Annual administration and progress report of the Indian Medical Department, Bombay
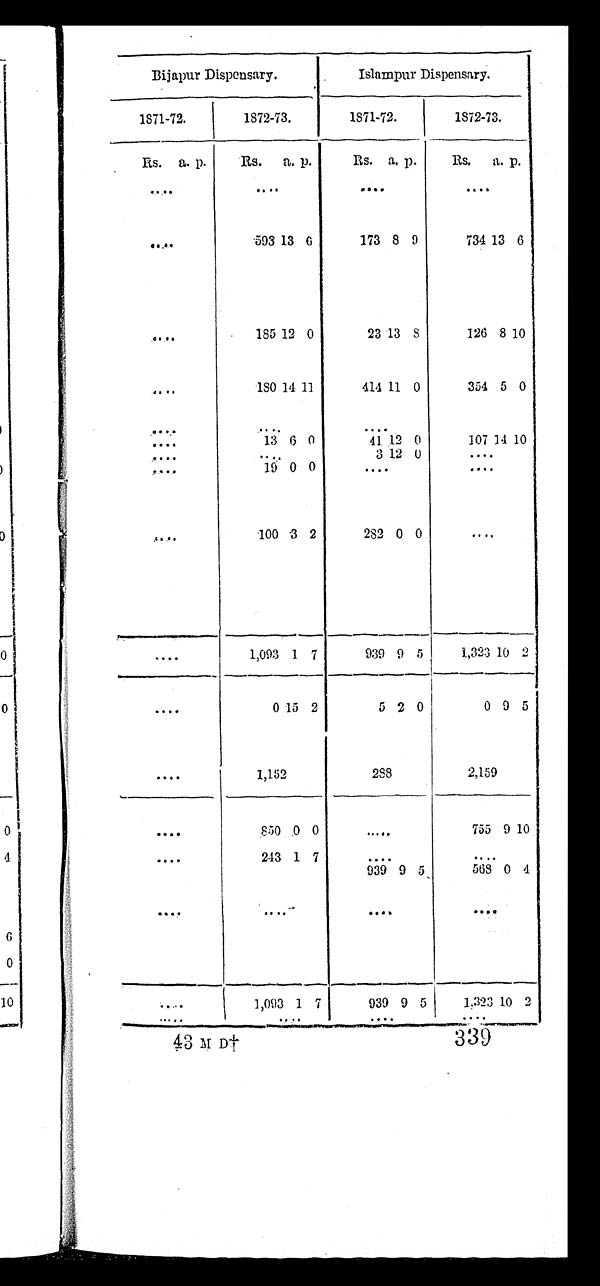
43 M D† 339
Bijapur Dispensary.
Islampur Dispensary.
1871-72.
1872-73.
1871-72.
1872-73.
R s .
a. p.
Rs.
a. p.
Rs. a. p.
Rs.
a. p.
. . .
. . .
. . .
. . .
. . .
593 13 6
173 8 9
734 13 6
. . .
185 12 0
23 13
8
126 8 10
. . .
1 8 0 14 11
414 11 0
354 5 0
. . .
. . .
. . .
. . .
1 3 6 0
41 12 0
107 14 10
. . .
. . .
3 1 2 0
. . .
. . .
1 9
0
0
. . .
. . .
. . .
100 3 2
282 0 0
. . .
. . .
1,093 1 7
939 9 5
1,323 10 2
. . .
0 1 5 2
5 2
0
0
9 5
. . .
1,152
288
2,159
. . .
850 0 0
. . .
755 9 10
. . .
243 1 7
. . .
. . .
939 9 5
568 0 4
. . .
. . .
. . .
. . .
. . .
1,093 1 7
939 9 5
1,323 10 2
. . .
. . .
. . .
. . .